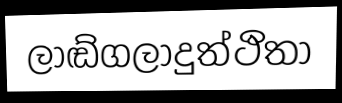
ලාඬ්ගලාදුත්ථිතා